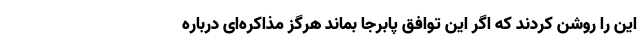
این را روشن کردند که اگر این توافق پابرجا بماند هرگز مذاکره‌ای درباره